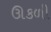
ઊકળી